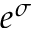
e ^ { \sigma }